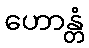
ဟောန္တံ